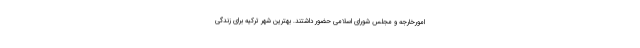
امورخارجه و مجلس شورای اسلامی حضور داشتند. بهترین شهر ترکیه برای زندگی